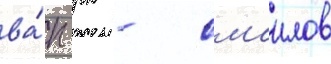
ва́п рк - смаилов